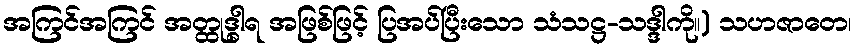
အကြင်အကြင် အတ္ထုဒ္ဓါရ အဖြစ်ဖြင့် ပြအပ်ပြီးသော သံသဋ္ဌ-သဒ္ဒါကို။) သဟဇာတေ၊